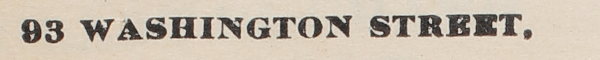
93 WASHINGTON STREET.